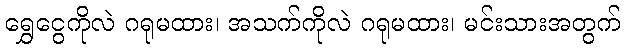
ရွှေငွေကိုလဲ ဂရုမထား၊ အသက်ကိုလဲ ဂရုမထား၊ မင်းသားအတွက်